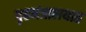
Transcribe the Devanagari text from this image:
गृहमंत्रालयात